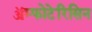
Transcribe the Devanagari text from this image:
ॲम्फोटेरिसिन